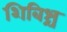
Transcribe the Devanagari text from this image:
शिबिश्च